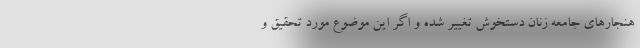
هنجارهای جامعه زنان دستخوش تغییر شده و اگر این موضوع مورد تحقیق و